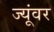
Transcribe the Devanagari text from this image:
ज्यूंवर